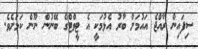
ސިފައިން ރާއްޖެ އައުމަށް ބާރު އެޅުމަކީ އެ ޓީވްޓްގެ ބޭނުން ނޫން ކަމަށެވެ.